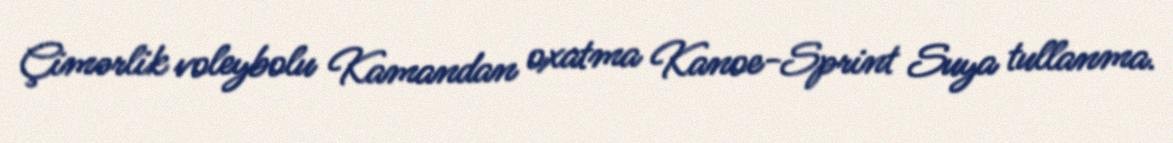
Çimərlik voleybolu Kamandan oxatma Kanoe-Sprint Suya tullanma.